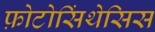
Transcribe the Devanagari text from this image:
फ़ोटोसिंथेसिस